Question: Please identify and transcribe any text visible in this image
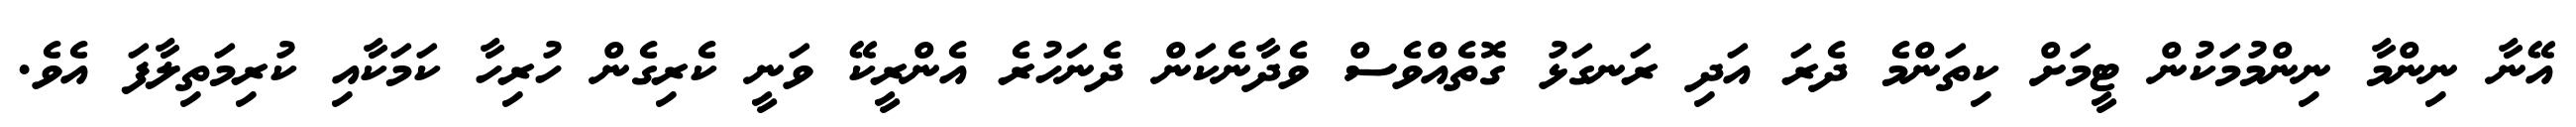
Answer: އޭނާ ނިންމާ ނިންމުމަކުން ޓީމަށް ކިތަންމެ ދެރަ އަދި ރަނގަޅު ގޮތެއްވެސް ވެދާނެކަން ދެނަހުރެ އެންރީކޭ ވަނީ ކެރިގެން ހުރިހާ ކަމަކާއި ކުރިމަތިލާފަ އެވެ.